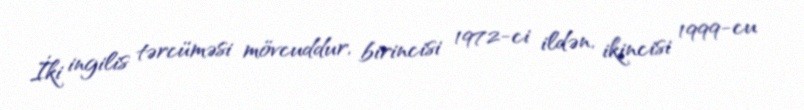
İki ingilis tərcüməsi mövcuddur, birincisi 1972-ci ildən, ikincisi 1999-cu